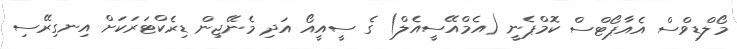
މޯލްޑިވްސް އެއާޕޯޓްސް ކޮމްޕެނީ (އެމްއޭސީއެލް) ގެ ސީއީއޯ އަދި މެނޭޖިން ޑިރެކްޓަރަކަށް އިނގިރޭސި